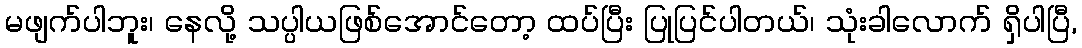
မဖျက်ပါဘူး၊ နေလို့ သပ္ပါယဖြစ်အောင်တော့ ထပ်ပြီး ပြုပြင်ပါတယ်၊ သုံးခါလောက် ရှိပါပြီ,